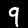
Digit: 9